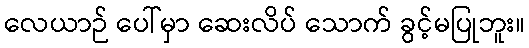
လေယာဉ် ပေါ်မှာ ဆေးလိပ် သောက် ခွင့်မပြုဘူး။